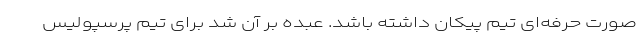
صورت حرفه‌ای تیم پیکان داشته باشد. عبده بر آن شد برای تیم پرسپولیس